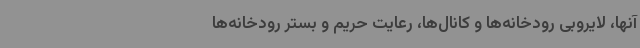
آنها، لایروبی رودخانه‌ها و کانال‌ها، رعایت حریم و بستر رودخانه‌ها